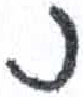
אות: נ